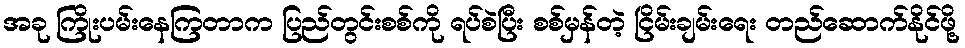
အခု ကြိုးပမ်းနေကြတာက ပြည်တွင်းစစ်ကို ရပ်စဲပြီး စစ်မှန်တဲ့ ငြိမ်းချမ်းရေး တည်ဆောက်နိုင်ဖို့